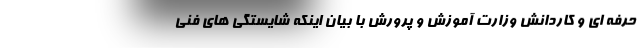
حرفه ای و کاردانش وزارت آموزش و پرورش با بیان اینکه شایستگی های فنی